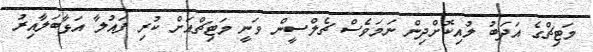
މަޓިޗްގެ އަދަބު ލުއިކޮށްދިން ނަމަވެސް ޗެލްސީން ވަނީ މަޓިޗްއަށް ކުރި ފައުލާ އަޅާބަލާއިރު